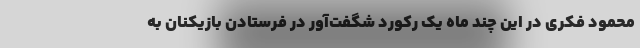
محمود فکری در این چند ماه یک رکورد شگفت‌آور در فرستادن بازیکنان به